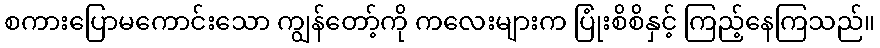
စကားပြောမကောင်းသော ကျွန်တော့်ကို ကလေးများက ပြုံးစိစိနှင့် ကြည့်နေကြသည်။